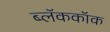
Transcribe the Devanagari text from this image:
ब्लॅककॉक